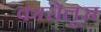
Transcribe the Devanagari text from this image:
कारोलूस